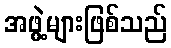
အဖွဲ့များဖြစ်သည်